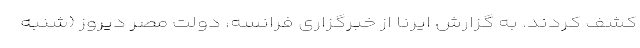
کشف کردند. به گزارش ایرنا از خبرگزاری فرانسه، دولت مصر دیروز (شنبه